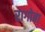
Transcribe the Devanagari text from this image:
रागोबा